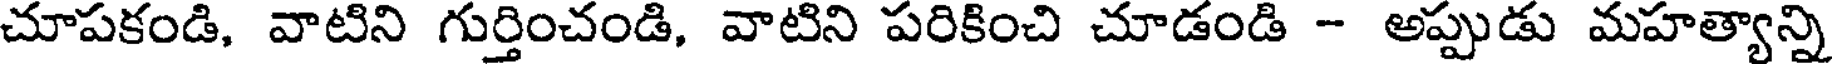
చూపకండి, వాటిని గుర్తించండి, వాటిని పరికించి చూడండి - అప్పుడు మహత్యాన్ని